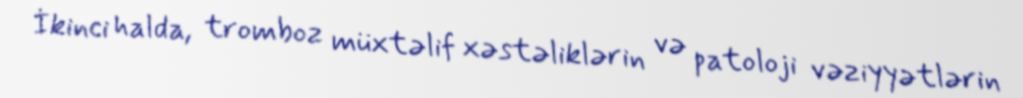
İkinci halda, tromboz müxtəlif xəstəliklərin və patoloji vəziyyətlərin